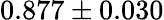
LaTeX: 0.877\pm 0.030